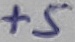
Text: +5